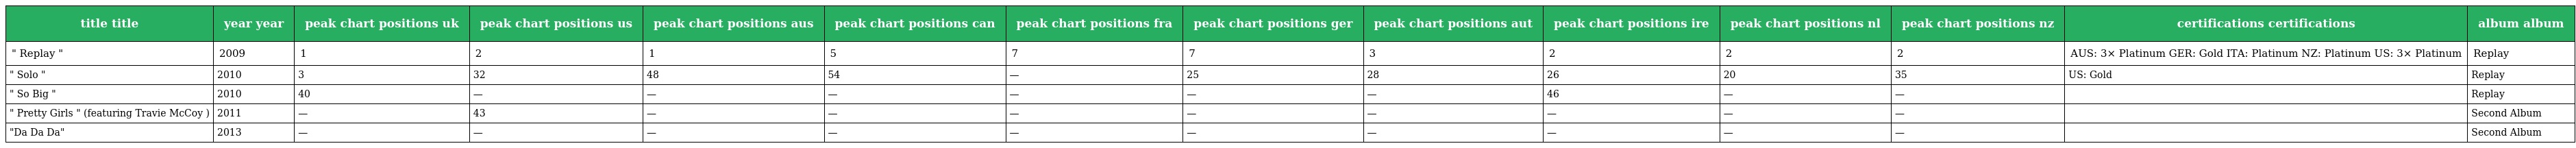
| title title | year year | peak chart positions uk | peak chart positions us | peak chart positions aus | peak chart positions can | peak chart positions fra | peak chart positions ger | peak chart positions aut | peak chart positions ire | peak chart positions nl | peak chart positions nz | certifications certifications | album album |
 | --- | --- | --- | --- | --- | --- | --- | --- | --- | --- | --- | --- | --- | --- |
 | " Replay " | 2009 | 1 | 2 | 1 | 5 | 7 | 7 | 3 | 2 | 2 | 2 | AUS: 3× Platinum GER: Gold ITA: Platinum NZ: Platinum US: 3× Platinum | Replay |
 | " Solo " | 2010 | 3 | 32 | 48 | 54 | — | 25 | 28 | 26 | 20 | 35 | US: Gold | Replay |
 | " So Big " | 2010 | 40 | — | — | — | — | — | — | 46 | — | — |  | Replay |
 | " Pretty Girls " (featuring Travie McCoy ) | 2011 | — | 43 | — | — | — | — | — | — | — | — |  | Second Album |
 | "Da Da Da" | 2013 | — | — | — | — | — | — | — | — | — | — |  | Second Album |